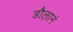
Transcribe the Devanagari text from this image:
डौलानं